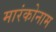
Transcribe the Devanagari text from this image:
मारंकोनाम